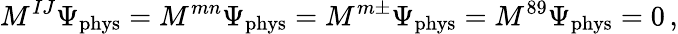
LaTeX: M^{IJ}\Psi_{\mathrm{phys}}=M^{mn}\Psi_{\mathrm{phys}}=M^{m\pm}\Psi_{\mathrm{phys}}=M^{89}\Psi_{\mathrm{phys}}=0\, ,